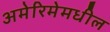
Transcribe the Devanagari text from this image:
अमेरिमेमधील